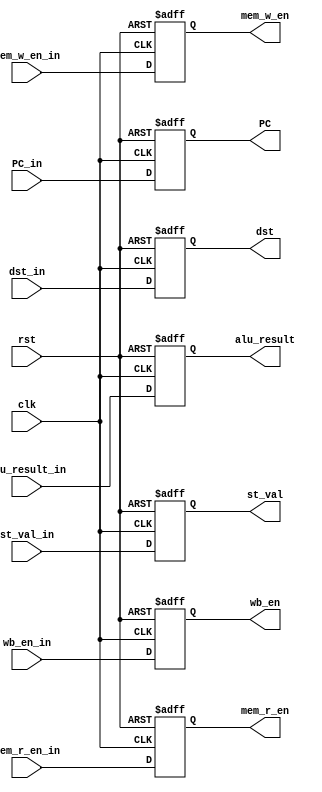
module EXE_Stage_reg (
	input clk, rst,
	input wb_en_in, mem_r_en_in, mem_w_en_in,
	input[4:0] dst_in,
	input [31:0] PC_in, alu_result_in, st_val_in,
	output reg wb_en, mem_r_en, mem_w_en,
	output reg [31:0] PC, alu_result, st_val,
	output reg [4:0] dst
);
	always@(posedge clk,posedge rst)begin
		if(rst)
			{wb_en,mem_r_en,mem_w_en,PC,alu_result,st_val,dst}=104'd0;
		else begin
			wb_en<=wb_en_in;
			mem_r_en<=mem_r_en_in;
			mem_w_en<=mem_w_en_in;
			PC<=PC_in;
			alu_result<=alu_result_in;
			st_val<=st_val_in;
			dst<=dst_in;
		end
	end
endmodule